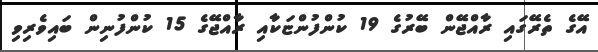
އޭގެ ތެރޭގައި ރާއްޖޭން ބޭރުގެ 19 ކުންފުންޏަކާއި ރާއްޖޭގެ 15 ކުންފުނިން ބައިވެރިވި